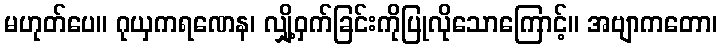
မဟုတ်ပေ။ ဂုယှကရဏေန၊ လျှို့ဝှက်ခြင်းကိုပြုလိုသောကြောင့်။ အဗျာကတော၊